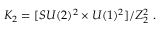
K _ { 2 } = [ S U ( 2 ) ^ { 2 } \times U ( 1 ) ^ { 2 } ] / Z _ { 2 } ^ { 2 } \ .